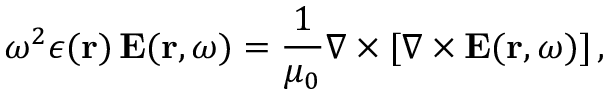
\omega ^ { 2 } \epsilon ( { \bf r } ) \, { \bf E } ( { \bf r } , \omega ) = \frac { 1 } { \mu _ { 0 } } \nabla \times [ \nabla \times { \bf E } ( { \bf r } , \omega ) ] \, ,